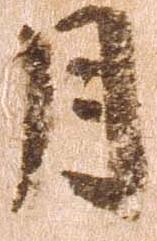
月